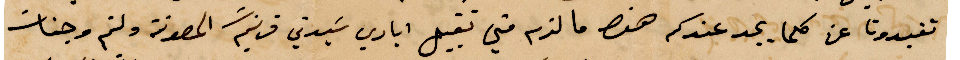
تفيدونا عن كلما يجد عندكم هنا ما لزم مني تقبيل ايادي سيدتي مريم المصونة ولثم وجنات